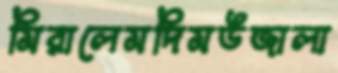
মিরালেমদিমউজালা